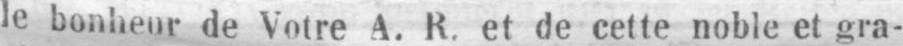
le bonheur de Votre A. R. et de cette noble et gra-